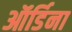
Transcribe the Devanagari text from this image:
ऑर्डिना